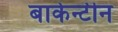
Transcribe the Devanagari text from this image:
बार्केन्टीन